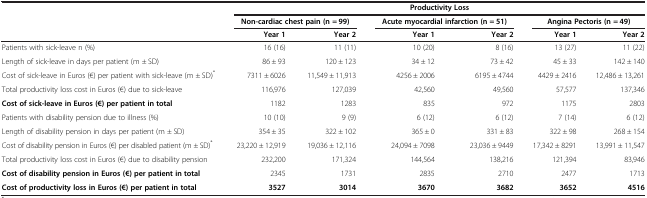
|  | <COLSPAN=6> Productivity Loss |
 |  | <COLSPAN=2> Non-cardiac chest pain (n = 99) | <COLSPAN=2> Acute myocardial infarction (n = 51) | <COLSPAN=2> Angina Pectoris (n = 49) |
 |  | Year 1 | Year 2 | Year 1 | Year 2 | Year 1 | Year 2 |
 | --- | --- | --- | --- | --- | --- | --- |
 | Patients with sick-leave n (%) | 16 (16) | 11 (11) | 10 (20) | 8 (16) | 13 (27) | 11 (22) |
 | Length of sick-leave in days per patient (m ± SD) | 86 ± 93 | 120 ± 123 | 34 ± 12 | 73 ± 42 | 45 ± 33 | 142 ± 140 |
 | Cost of sick-leave in Euros (€) per patient with sick-leave (m ± SD)* | 7311 ± 6026 | 11,549 ± 11,913 | 4256 ± 2006 | 6195 ± 4744 | 4429 ± 2416 | 12,486 ± 13,261 |
 | Total productivity loss cost in Euros (€) due to sick-leave | 116,976 | 127,039 | 42,560 | 49,560 | 57,577 | 137,346 |
 | Cost of sick-leave in Euros (€) per patient in total | 1182 | 1283 | 835 | 972 | 1175 | 2803 |
 | Patients with disability pension due to illness (%) | 10 (10) | 9 (9) | 6 (12) | 6 (12) | 7 (14) | 6 (12) |
 | Length of disability pension in days per patient (m ± SD) | 354 ± 35 | 322 ± 102 | 365 ± 0 | 331 ± 83 | 322 ± 98 | 268 ± 154 |
 | Cost of disability pension in Euros (€) per disabled patient (m ± SD)* | 23,220 ± 12,919 | 19,036 ± 12,116 | 24,094 ± 7098 | 23,036 ± 9449 | 17,342 ± 8291 | 13,991 ± 11,547 |
 | Total productivity loss cost in Euros (€) due to disability pension | 232,200 | 171,324 | 144,564 | 138,216 | 121,394 | 83,946 |
 | Cost of disability pension in Euros (€) per patient in total | 2345 | 1731 | 2835 | 2710 | 2477 | 1713 |
 | Cost of productivity loss in Euros (€) per patient in total | 3527 | 3014 | 3670 | 3682 | 3652 | 4516 |